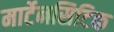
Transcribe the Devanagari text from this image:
मार्टेनसिटिक